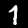
Digit: 1